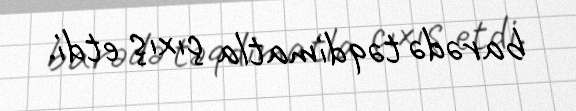
barədə təqdimatla çıxış etdi.